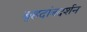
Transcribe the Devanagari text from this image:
बृहदांत्रदर्शन